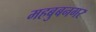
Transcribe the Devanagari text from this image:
महबुबनगर